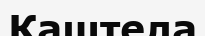
Каштела